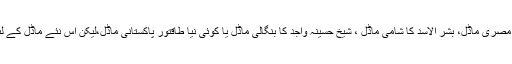
کمال اتا ترک کا ترکی ماڈل، جمال عبدلناصر کا مصری ماڈل، بشر الاسد کا شامی ماڈل ، شیخ حسینہ واجد کا بنگالی ماڈل یا کوئی نیا طاقتور پاکستانی ماڈل،لیکن اس نئے ماڈل کے لئے اتنا ہی طاقتور سیاسی لیڈر کہاں سے آئے گا؟